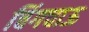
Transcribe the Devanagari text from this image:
चिंगचाऊ